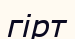
гірт